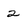
Character: 2